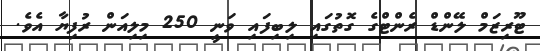
ޓޫރިޒަމް ލޭންޑް ރެންޓްގެ ގޮތުގައި ލިބިފައި ވަނީ 250 މިލިއަން ރުފިޔާ އެވެ.